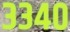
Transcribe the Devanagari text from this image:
३३४०